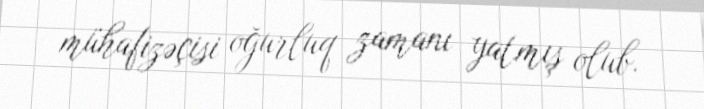
mühafizəçisi oğurluq zamanı yatmış olub.